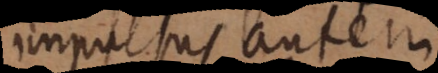
impulsus autem